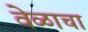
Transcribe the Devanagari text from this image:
वेळाचा